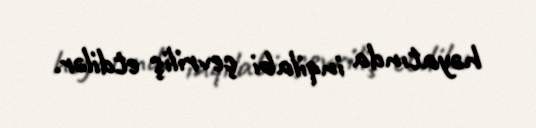
həyatında inqilabi çevriliş etdilər.